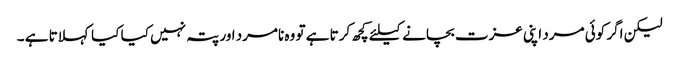
لیکن اگر کوئی مرد اپنی عزت بچانے کیلئے کچھ کرتا ہے تو وہ نامرد اور پتہ نہیں کیا کیا کہلاتا ہے ۔